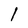
Character: 1